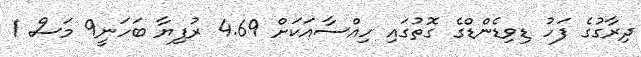
ދިރާގުގެ ފަހު ޑިވިޑެންޑްގެ ގޮތުގައި ހިއްސާއަކަށް 4.69 ރުފިޔާ ބަހަނީ9 މަސް 1